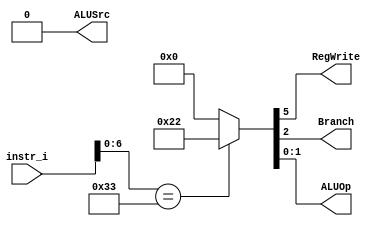
`timescale 1ns/1ps

module Decoder(
	input	[32-1:0] 	instr_i,
	output wire			ALUSrc,
	output wire			RegWrite,
	output wire			Branch,
	output wire [2-1:0]	ALUOp
	);
	
//Internal Signals
wire [7-1:0] opcode;
wire [3-1:0] funct3;
reg	[3-1:0] Instr_field;
reg	[9-1:0] Ctrl_o;

/* Write your code HERE */
assign opcode = instr_i[6:0];
assign funct3 = instr_i[14:12];

always @(*) begin
	if(opcode == 7'b0110011) begin //r-type
		Instr_field = 2'b00;
		Ctrl_o = 9'b000100010;
	end
	else begin
		Instr_field = 2'b00;
		Ctrl_o = 9'b000000000;
	end
end

assign ALUSrc = Ctrl_o[7];
assign RegWrite = Ctrl_o[5];
assign Branch = Ctrl_o[2];
assign ALUOp = Ctrl_o[1:0];

endmodule